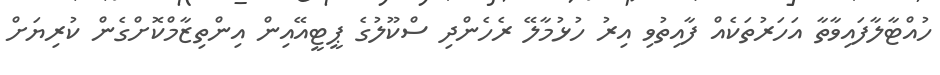
ހުއްޓާލާފައިވާތާ އަހަރުތަކެއް ފާއިތުވި އިރު ހުޅުމާލޭ ރެހެންދި ސްކޫލުގެ ޕީޓީއޭއިން އިންތިޒާމްކޮށްގެން ކުރިޔަށް